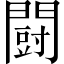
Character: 闘